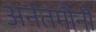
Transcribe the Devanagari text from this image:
अनंतमौनी